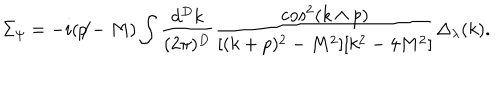
\Sigma _ { \psi } = - i ( \not \! \! p - M ) \int \frac { d ^ { D } k } { ( 2 \pi ) ^ { D } } \frac { \cos ^ { 2 } ( k \wedge p ) } { [ ( k + p ) ^ { 2 } - M ^ { 2 } ] [ k ^ { 2 } - 4 M ^ { 2 } ] } \Delta _ { \lambda } ( k ) .